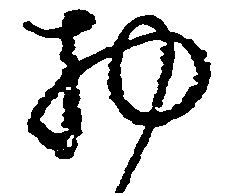
物